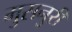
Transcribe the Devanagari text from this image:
मुसनुरी